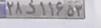
۲۸د۱۱۶۵۳